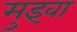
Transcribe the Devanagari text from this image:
मुइवा